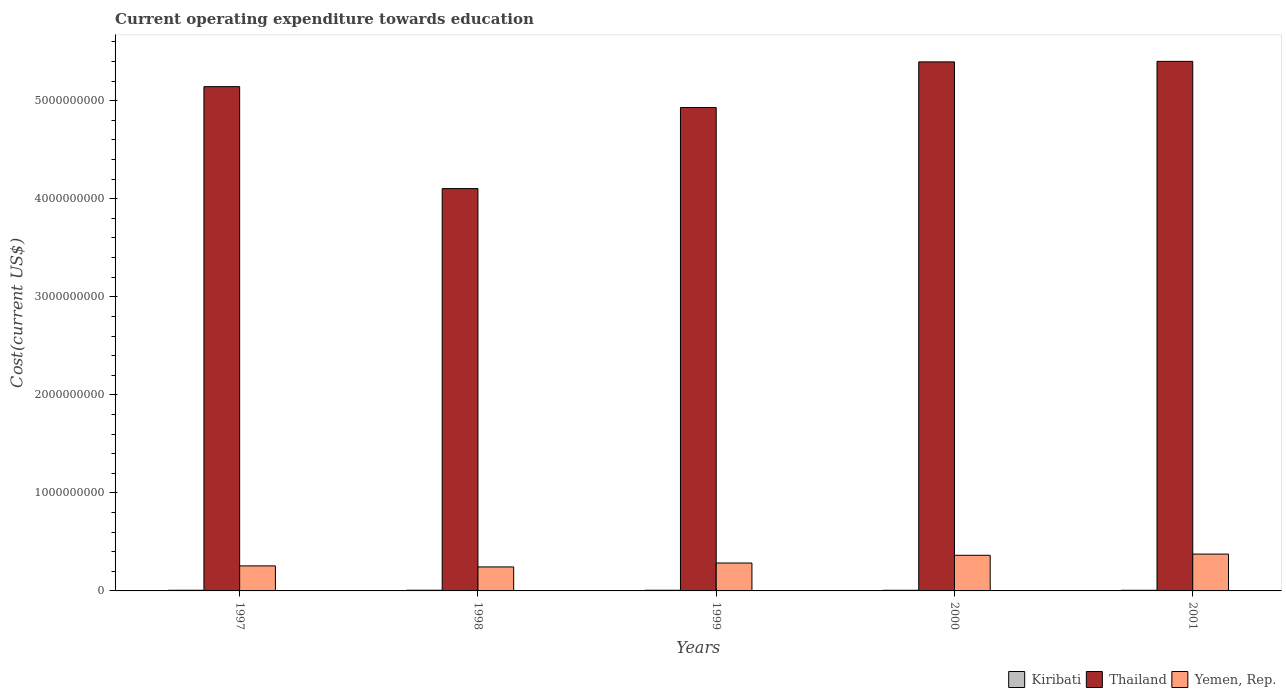
| Years | Kiribati | Thailand | Yemen, Rep. |
 | --- | --- | --- | --- |
 | 1997 | 6.83e+06 | 5.14e+09 | 2.55e+08 |
 | 1998 | 6.98e+06 | 4.1e+09 | 2.45e+08 |
 | 1999 | 6.82e+06 | 4.93e+09 | 2.85e+08 |
 | 2000 | 6.67e+06 | 5.4e+09 | 3.63e+08 |
 | 2001 | 6.66e+06 | 5.4e+09 | 3.76e+08 |